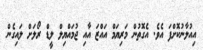
އިއުލާނުކޮށްފަ އެވެ. އެގޮތުން މަރިޔަމް އައްޒަ އާއި ޖުމައްޔިލް ލީޑް ރޯލަށް ލައިގެން